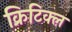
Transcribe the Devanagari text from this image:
क्रिटिक्ल